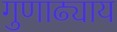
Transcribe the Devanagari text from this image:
गुणाढ्याय